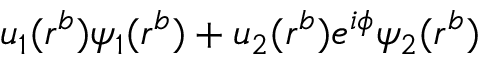
u _ { 1 } ( r ^ { b } ) \psi _ { 1 } ( r ^ { b } ) + u _ { 2 } ( r ^ { b } ) e ^ { i \phi } \psi _ { 2 } ( r ^ { b } )